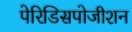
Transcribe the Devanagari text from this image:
पेरिडिसपोजीशन